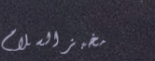
مخبز السلام